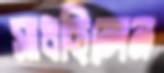
সাধছিলেন